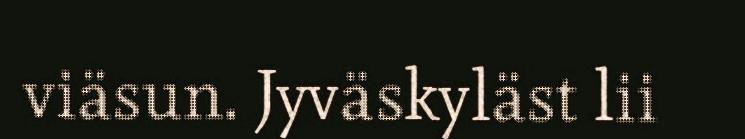
viäsun. Jyväskyläst lii